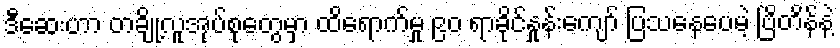
ဒီဆေးဟာ တချို့လူအုပ်စုတွေမှာ ထိရောက်မှု ၉၀ ရာခိုင်နှုန်းကျော် ပြသနေပေမဲ့ ဗြိတိန်နဲ့